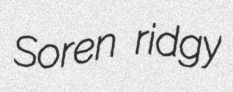
Soren ridgy